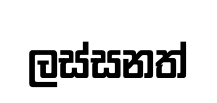
ලස්සනත්